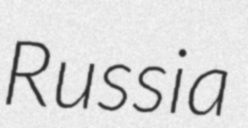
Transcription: Russia